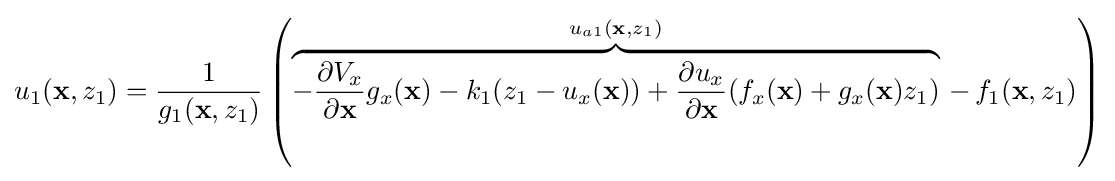
u_{1}(\mathbf {x} ,z_{1})={\frac {1}{g_{1}(\mathbf {x} ,z_{1})}}\left(\overbrace {-{\frac {\partial V_{x}}{\partial \mathbf {x} }}g_{x}(\mathbf {x} )-k_{1}(z_{1}-u_{x}(\mathbf {x} ))+{\frac {\partial u_{x}}{\partial \mathbf {x} }}(f_{x}(\mathbf {x} )+g_{x}(\mathbf {x} )z_{1})} ^{u_{a1}(\mathbf {x} ,z_{1})}\,-\,f_{1}(\mathbf {x} ,z_{1})\right)